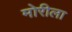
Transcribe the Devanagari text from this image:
मोरीला